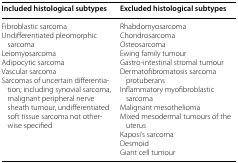
<table><thead><tr><td><b>Included histological subtypes</b></td><td><b>Excluded histological subtypes</b></td></tr></thead><tbody><tr><td>Fibroblastic sarcomaUndifferentiated pleomorphic sarcomaLeiomyosarcomaAdipocytic sarcomaVascular sarcomaSarcomas of uncertain differentiation; including synovial sarcoma, malignant peripheral nerve sheath tumour, undifferentiated soft tissue sarcoma not otherwise specified</td><td>RhabdomyosarcomaChondrosarcomaOsteosarcomaEwing family tumourGastro-intestinal stromal tumourDermatofibromatosis sarcoma protuberansInflammatory myofibroblastic sarcomaMalignant mesotheliomaMixed mesodermal tumours of the uterusKaposi’s sarcomaDesmoidGiant cell tumour</td></tr></tbody></table>